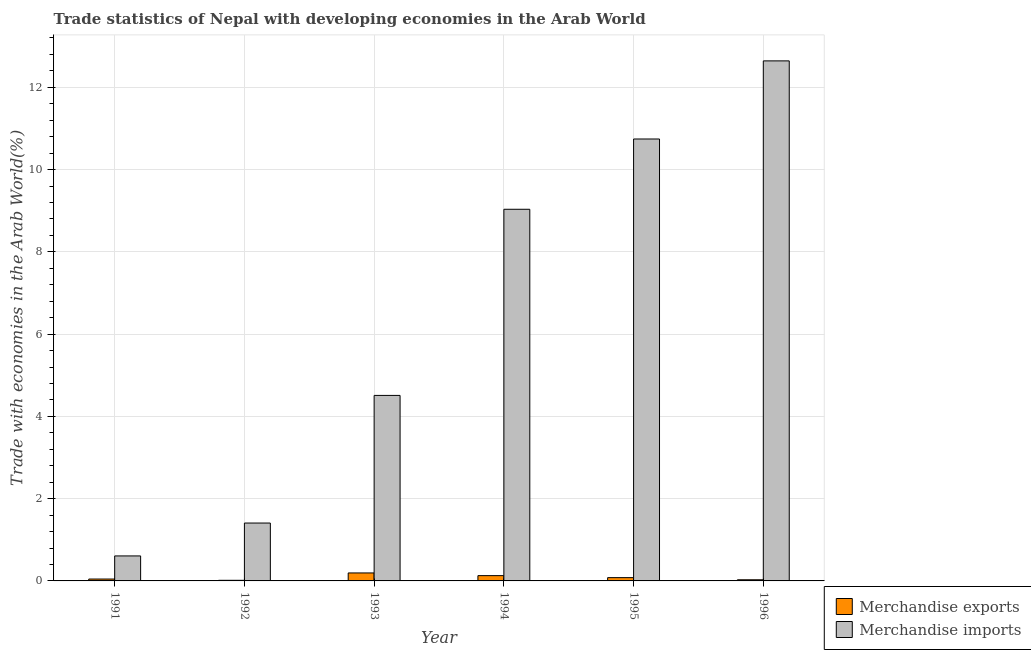
| Year | Merchandise exports | Merchandise imports |
 | --- | --- | --- |
 | 1991 | 0.0459 | 0.608 |
 | 1992 | 0.0151 | 1.41 |
 | 1993 | 0.194 | 4.51 |
 | 1994 | 0.129 | 9.03 |
 | 1995 | 0.0798 | 10.7 |
 | 1996 | 0.0278 | 12.6 |